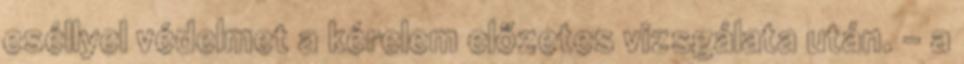
eséllyel védelmet a kérelem előzetes vizsgálata után. - a